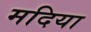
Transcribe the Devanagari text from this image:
मदिया